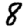
Digit: 8